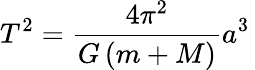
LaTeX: T^{2}={\frac{4\pi^{2}}{G\left(m+M\right)}}a^{3}\,